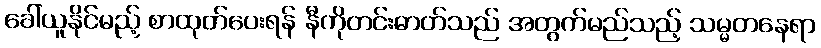
ခေါ်ယူနိုင်မည့် စာထုတ်ပေးရန် နီကိုတင်းဓာတ်သည် အတွက်မည်သည့် သမ္မတနေရာ